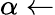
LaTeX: \alpha\leftarrow